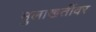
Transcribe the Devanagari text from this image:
मुलाखतींवर